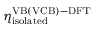
\eta _ { \mathrm { i s o l a t e d } } ^ { \mathrm { V B ( V C B ) - D F T } }